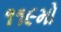
૧૧૯મો